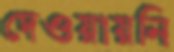
দেওয়ায়নি